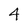
Character: 4